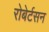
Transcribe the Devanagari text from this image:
रोबेर्टसन